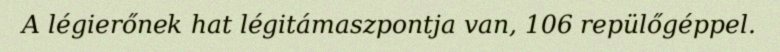
A légierőnek hat légitámaszpontja van, 106 repülőgéppel.